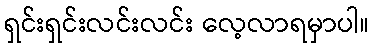
ရှင်းရှင်းလင်းလင်း လေ့လာရမှာပါ။